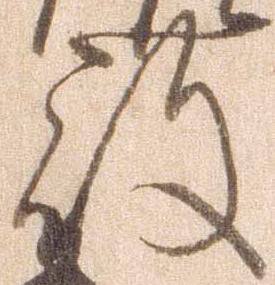
殿